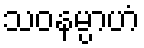
သဝနမ္ပာဟံ